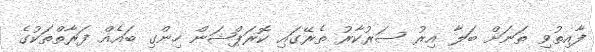
ފާއިތުވި ތަނަށް ބަލާ އިރު ސަރުކާރު ތެރޭގައި ކޮރަޕްޝަން ހިންގި ބައެއް ފަރާތްތަކުގެ